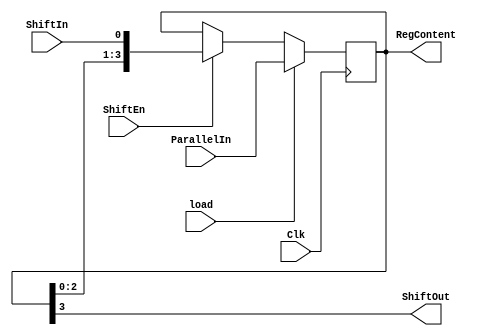
`timescale 1ns / 1ps

module leftShift(
    Clk,
    ParallelIn,
    load,
    ShiftEn,
    ShiftIn,
    RegContent,
    ShiftOut
    );
    
    input Clk;
    input ShiftIn;
    input [3:0] ParallelIn;
    input load;
    input ShiftEn;
    output ShiftOut;
    output [3:0] RegContent;
    reg [3:0] shift_reg;
    
    always@(posedge Clk)
        if(load)
            shift_reg <= ParallelIn;
        else if (ShiftEn)
            shift_reg <= {shift_reg[2:0], ShiftIn};
        assign ShiftOut = shift_reg[3];
        assign RegContent = shift_reg;
    
    endmodule